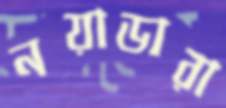
নয়াডারা